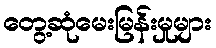
တွေ့ဆုံမေးမြန်းမှုများ